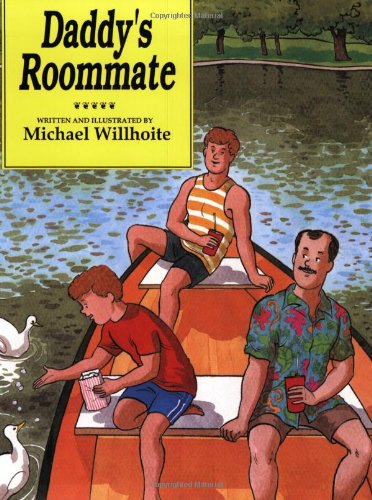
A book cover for Daddy's Roommate (Alyson Wonderland); Michael Willhoite; Gay & Lesbian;